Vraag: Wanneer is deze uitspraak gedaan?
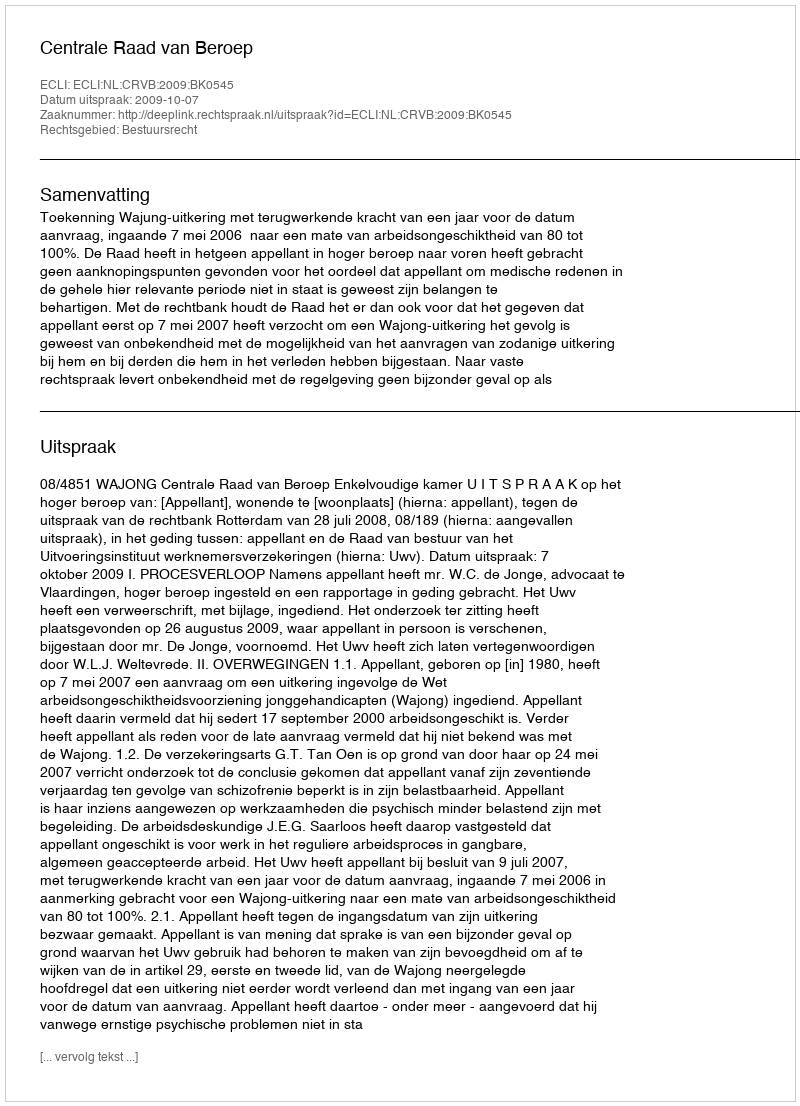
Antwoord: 2009-10-07